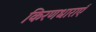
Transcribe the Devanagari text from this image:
किरणधाराएँ